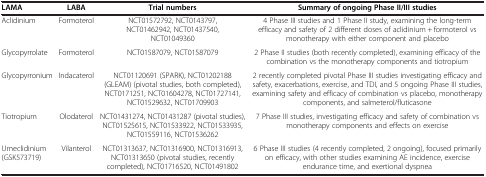
| LAMA | LABA | Trial numbers | Summary of ongoing Phase II/III studies |
 | --- | --- | --- | --- |
 | Aclidinium | Formoterol | NCT01572792, NCT0143797, NCT01462942, NCT01437540, NCT01049360 | 4 Phase III studies and 1 Phase II study, examining the long-term efficacy and safety of 2 different doses of aclidinium + formoterol vs monotherapy with either component and placebo |
 | Glycopyrrolate | Formoterol | NCT01587079, NCT01587079 | 2 Phase II studies (both recently completed), examining efficacy of the combination vs the monotherapy components and tiotropium |
 | Glycopyrronium | Indacaterol | NCT01120691 (SPARK), NCT01202188 (GLEAM) (pivotal studies, both completed), NCT0171251, NCT01604278, NCT01727141, NCT01529632, NCT01709903 | 2 recently completed pivotal Phase III studies investigating efficacy and safety, exacerbations, exercise, and TDI, and 5 ongoing Phase III studies, examining safety and efficacy of combination vs placebo, monotherapy components, and salmeterol/fluticasone |
 | Tiotropium | Olodaterol | NCT01431274, NCT01431287 (pivotal studies), NCT01525615, NCT01533922, NCT01533935, NCT01559116, NCT01536262 | 7 Phase III studies, investigating efficacy and safety of combination vs monotherapy components and effects on exercise |
 | Umeclidinium (GSK573719) | Vilanterol | NCT01313637, NCT01316900, NCT01316913, NCT01313650 (pivotal studies, recently completed), NCT01716520, NCT01491802 | 6 Phase III studies (4 recently completed, 2 ongoing), focused primarily on efficacy, with other studies examining AE incidence, exercise endurance time, and exertional dyspnea |